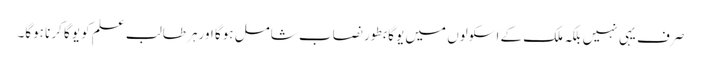
صرف یہی نہیں بلکہ ملک کے اسکولوں میں یوگا بطور نصاب شامل ہوگا اورہر طالب علم کو یوگا کرنا ہوگا۔